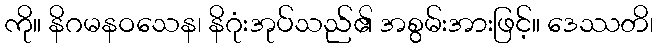
ကို။ နိဂမနဝသေန၊ နိဂုံးအုပ်သည်၏ အစွမ်းအားဖြင့်။ ဒေဿတိ၊